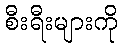
စီးရီးများကို